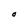
Character: O